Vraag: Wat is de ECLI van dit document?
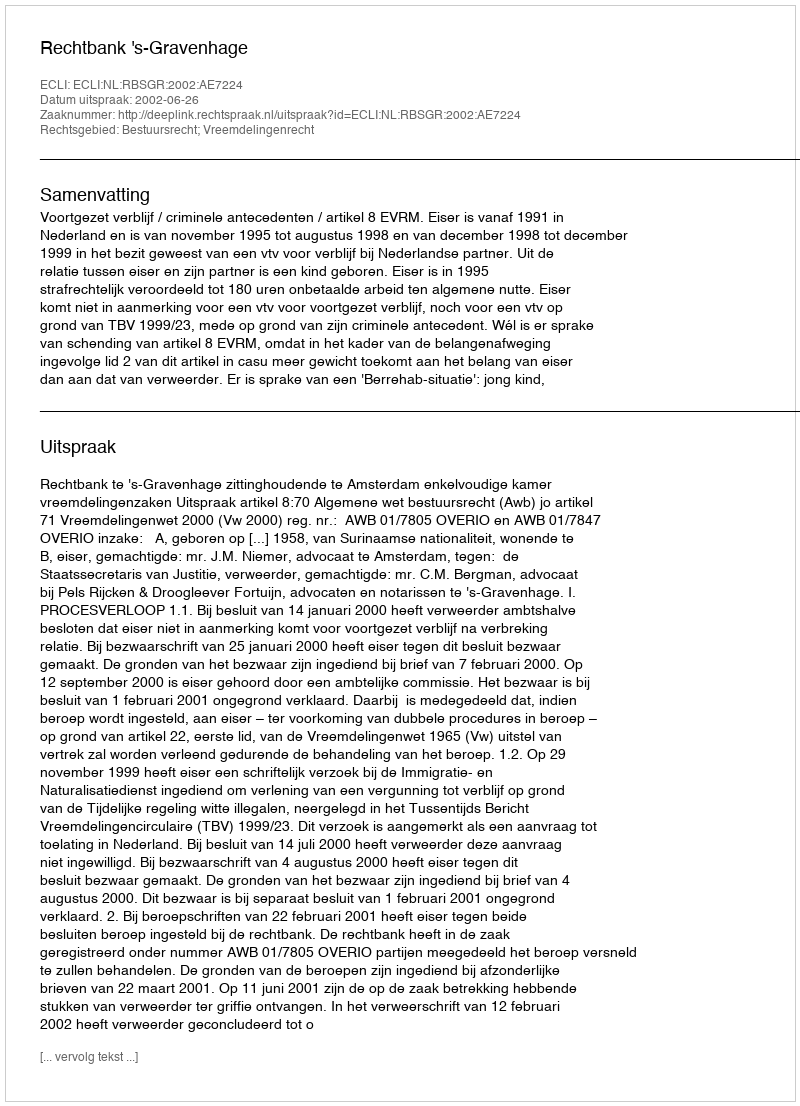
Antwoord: ECLI:NL:RBSGR:2002:AE7224